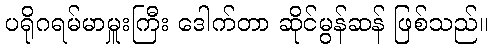
ပရိုဂရမ်မာမှူးကြီး ဒေါက်တာ ဆိုင်မွန်ဆန် ဖြစ်သည်။